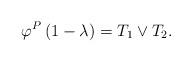
LaTeX: \begin{align*}\varphi^P\left(1-\lambda\right)=T_1\vee T_2.\end{align*}